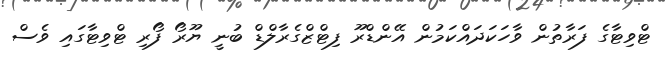
ޓްވިޓާގެ ފަރާތުން ވާހަކަދައްކަމުން އޭންޑްރޫ ފިޓްޒްގެރާލްޑް ބުނީ ޔޫރޯ ފޯރި ޓްވިޓާގައި ވެސް